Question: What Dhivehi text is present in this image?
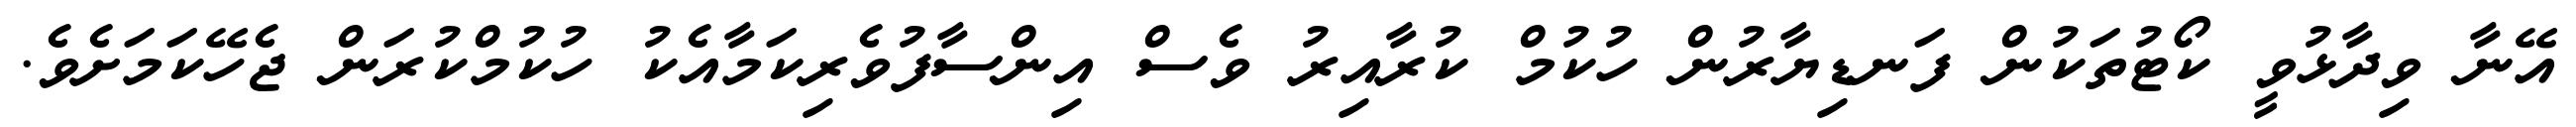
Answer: އޭނާ ވިދާޅުވީ ކޯޓުތަކުން ފަނޑިޔާރުން ހުކުމް ކުރާއިރު ވެސް އިންސާފުވެރިކަމާއެކު ހުކުމްކުރަން ޖެހޭކަމަށެވެ.